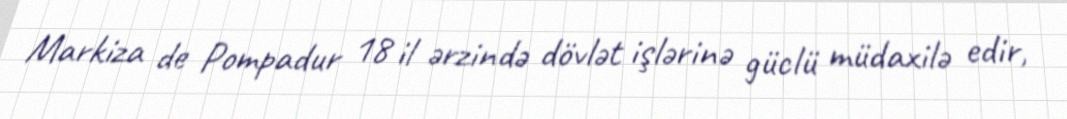
Markiza de Pompadur 18 il ərzində dövlət işlərinə güclü müdaxilə edir,